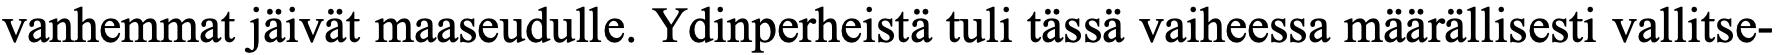
vanhemmat jäivät maaseudulle. Ydinperheistä tuli tässä vaiheessa määrällisesti vallitse-